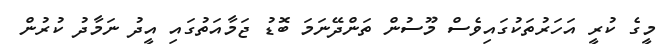
މީގެ ކުރީ އަހަރުތަކުގައިވެސް މޫސުން ތަންދޭނަމަ ބޮޑު ޖަމާއަތުގައި އީދު ނަމާދު ކުރުން